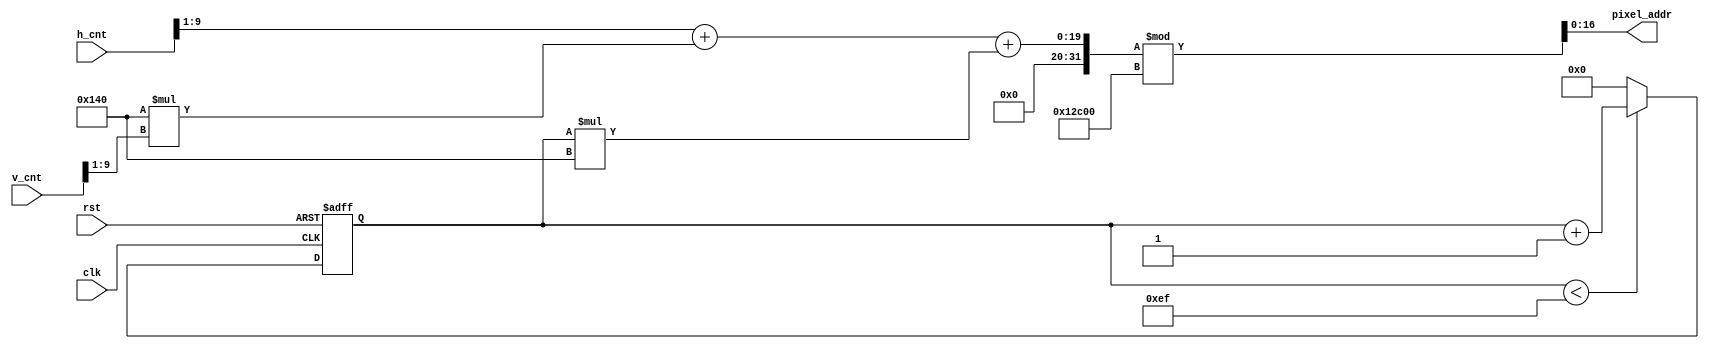
module mem_addr_gen(
  input clk,
  input rst,
  input [9:0] h_cnt,
  input [9:0] v_cnt,
  output [16:0] pixel_addr
);
    
reg [7:0] position;
  
assign pixel_addr = ((h_cnt>>1)+320*(v_cnt>>1)+ position*320 )% 76800;  //640*480 --> 320*240 

always @ (posedge clk or posedge rst) begin
  if(rst)
    position <= 0;
  else if(position < 239)
    position <= position + 1;
  else
    position <= 0;
end
    
endmodule